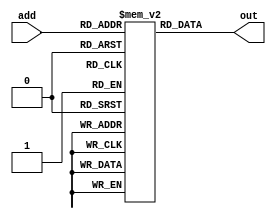
module program(add,out);

input [4:0] add ;
output [31:0] out ;
reg [31:0] out ;


reg  [31:0]  pmemory [31:0];


always @(*) begin

        out = pmemory[add];
        
end

initial begin

pmemory[0]  = 32'b00000000100010100001000000000000;//add
pmemory[1]  = 32'b10001100011000100010000000000000;//JUMP, here; two positions

pmemory[2]  = 32'b10000011100000000000000000001110;
pmemory[3]  = 32'b10000011110000000000000000001111;

pmemory[4]  = 32'b00001000010000000010000000000000;//add with carry
pmemory[5]  = 32'b00010000000000100010000000000000;//subtract
pmemory[6]  = 32'b00011010010010100011000000000000;//subtract with borrow
pmemory[7]  = 32'b00100000110010000101000000000000;//multiplication
pmemory[8]  = 32'b00101011100010000000000000000000;//division
pmemory[9]  = 32'b00110000010000000010000000000000;//remainder(modulus)
pmemory[10] = 32'b00111010000000100000000000000000;//bitwise and
pmemory[11] = 32'b01000000100010100001000000000000;//bitwise or
pmemory[12] = 32'b01001000100010100001000000000000;//bitwise neg
pmemory[13] = 32'b01010000110010100001000000000000;//left shift
pmemory[14] = 32'b01011000110010100001000000000000;//right shift
pmemory[15] = 32'b01100000110010100001000000000000;//rotate left
pmemory[16] = 32'b01101000110010100001000000000000;//rotate right
pmemory[17] = 32'b01110000110010100001000000000000;//increment
pmemory[18] = 32'b01111000110010100001000000000000;//decrement

pmemory[19] = 32'b10000000100010100001000000000000;//halt

/* ******************************************************** fibonacci series upto 8(5 times) *************************************************
to run fibonacci, comment the above instructions and run these;

pmemory[1] = 32'b00000011110000001001000000000000;// 0+1=1
pmemory[2] = 32'b00000000000100101010000000000000;// 1+1=2
pmemory[3] = 32'b00000000010101001011000000000000;// 1+2=3
pmemory[4] = 32'b00000000100101101100000000000000;// 2+3=5
pmemory[5] = 32'b00000000110110001101000000000000;// 3+5=8
pmemory[6] = 32'b10000000100010100001000000000000;// halt
*/

end

endmodule